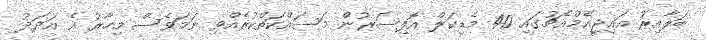
ބަލާއިރު އައިޖީއެމްއެޗުގައި 40 މެޑިކަލް އޮފިސަރުން މަސައްކަތްކުރެއްވި ނަމަވެސް މިހާރު އެ އަދަދު